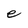
Character: e